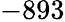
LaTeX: -893